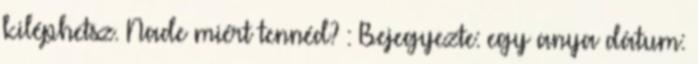
kiléphetsz. Nade miért tennéd? : Bejegyezte: egy anya dátum: